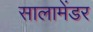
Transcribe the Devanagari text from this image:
सालामेंडर